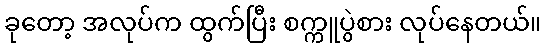
ခုတော့ အလုပ်က ထွက်ပြီး စက္ကူပွဲစား လုပ်နေတယ်။